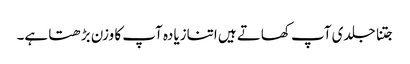
جتنا جلدی آپ کھاتے ہیں اتنازیادہ آپ کا وزن بڑھتا ہے۔